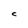
Character: C